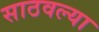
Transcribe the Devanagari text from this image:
साठवल्या